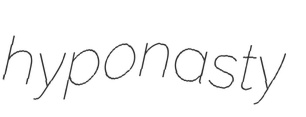
hyponasty